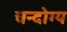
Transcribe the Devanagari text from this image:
चन्दोग्य